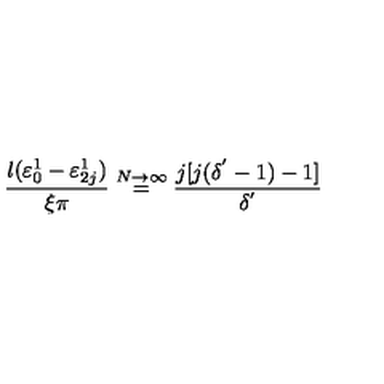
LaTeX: \frac { l ( \varepsilon _ { 0 } ^ { 1 } - \varepsilon _ { 2 j } ^ { 1 } ) } { \xi \pi } \stackrel { N \rightarrow \infty } { = } \frac { j [ j ( \delta ^ { ' } - 1 ) - 1 ] } { \delta ^ { ' } }